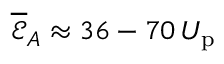
\overline { { \mathcal { E } } } _ { A } \approx 3 6 - 7 0 \, U _ { \mathrm { p } }